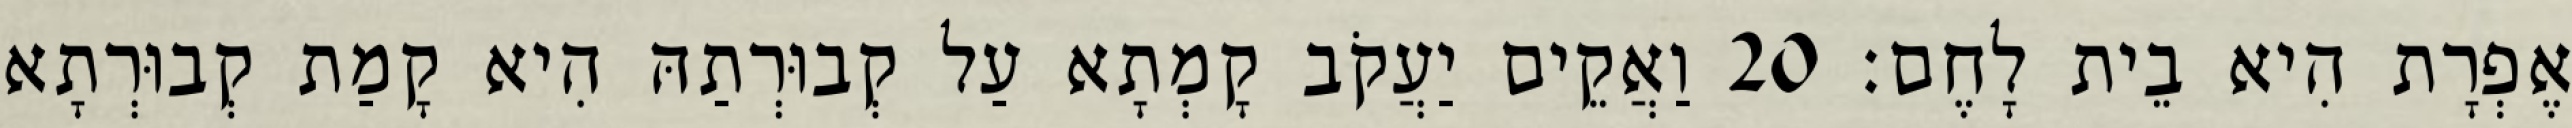
אֶפְרָת הִיא בֵית לָחֶם׃ 20 וַאֲקֵים יַעֲקֹב קָמְתָא עַל קְבוּרְתַהּ הִיא קָמַת קְבוּרְתָא